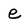
Character: e